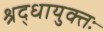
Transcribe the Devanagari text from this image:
श्रद्धायुक्तः